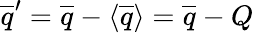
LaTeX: \overline{{q}}^{\prime}=\overline{{q}}-\langle\overline{{q}}\rangle=\overline{{q}}-Q